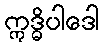
ဣဒ္ဓိပါဒေါ